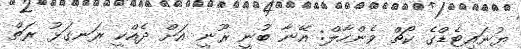
ޔުނައިޓެޑްގެ ކޯޗް ވެންހާލް: އޭނާ ބުނީ ރޫނީ އަށް ދެއްކީ ރަނގަޅު ރަތް